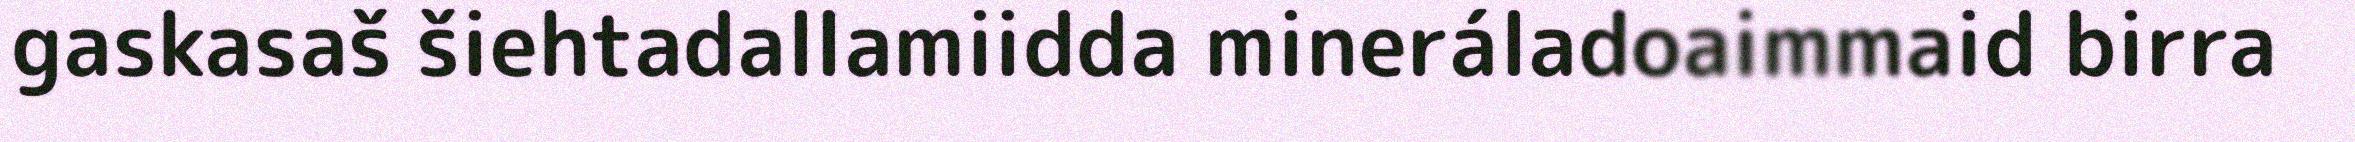
gaskasaš šiehtadallamiidda mineráladoaimmaid birra